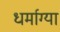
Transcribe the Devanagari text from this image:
धर्माग्या